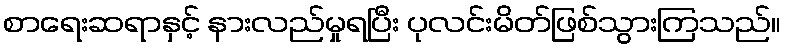
စာရေးဆရာနှင့် နားလည်မှုရပြီး ပုလင်းမိတ်ဖြစ်သွားကြသည်။